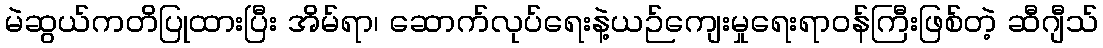
မဲဆွယ်ကတိပြုထားပြီး အိမ်ရာ၊ ဆောက်လုပ်ရေးနဲ့ယဉ်ကျေးမှုရေးရာဝန်ကြီးဖြစ်တဲ့ ဆီဂျီသ်